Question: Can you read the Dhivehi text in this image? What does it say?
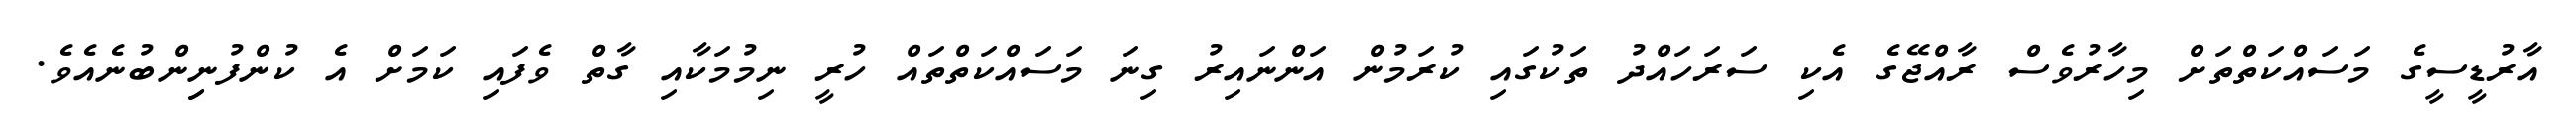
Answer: އާރުޑީސީގެ މަސައްކަތްތަށް މިހާރުވެސް ރާއްޖޭގެ އެކި ސަރަހައްދު ތަކުގައި ކުރަމުން އަންނައިރު ގިނަ މަސައްކަތްތައް ހުރީ ނިމުމަކާއި ގާތް ވެފައި ކަމަށް އެ ކުންފުނިިންބުނެއެވެ.